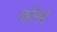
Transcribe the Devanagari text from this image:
महीरुह